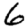
Digit: 6